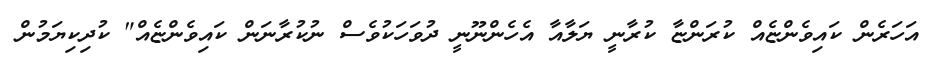
އަހަރެން ކައިވެންޏެއް ކުރަންޏާ ކުރާނީ ޔަލާއާ އެހެންނޫނީ ދުވަހަކުވެސް ނުކުރާނަން ކައިވެންޏެއް" ކުދިކިޔަމުން